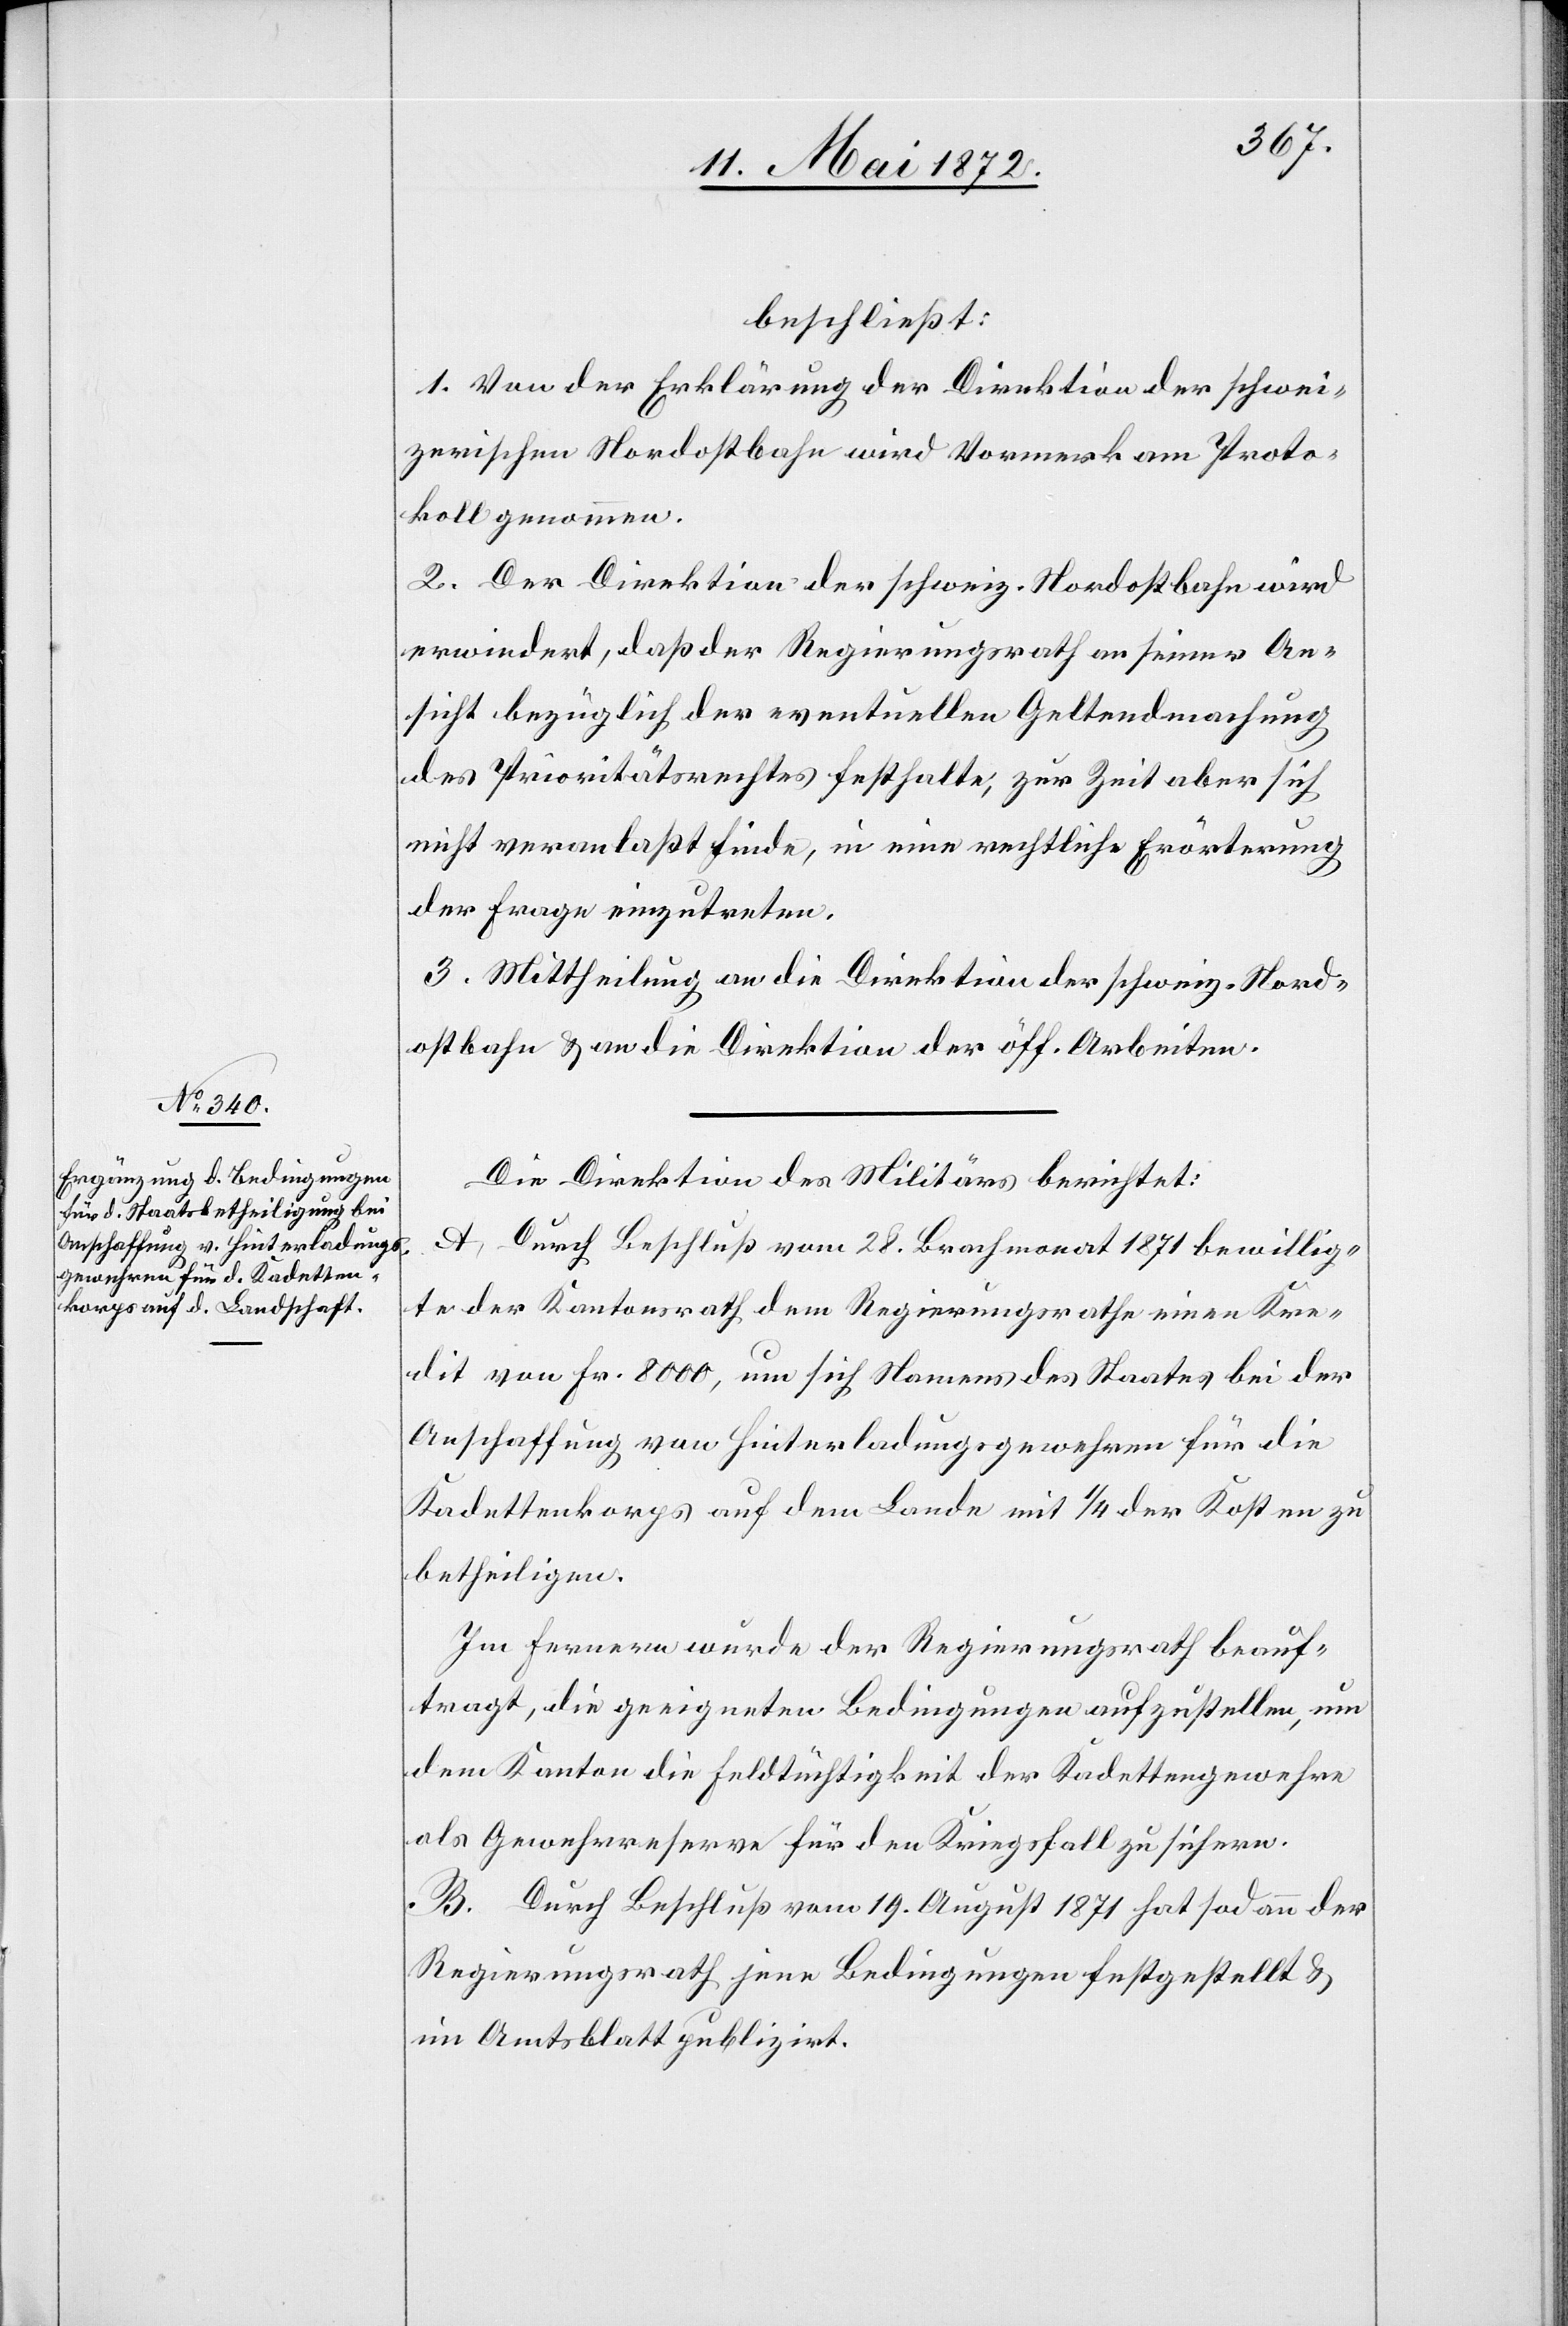
beschließt:
1. Von der Erklärung der Direktion der schwei¬
zerischen Nordostbahn wird Vormerk am Proto¬
koll genommen.
2. Der Direktion der schweiz. Nordostbahn wird
erwiedert, daß der Regierungsrath an seiner An¬
sicht bezüglich der eventuellen Geltendmachung
des Prioritätsrechtes festhalte, zur Zeit aber sich
nicht veranlaßt finde, in eine rechtliche Erörterung
der Frage einzutreten.
3. Mittheilung an die Direktion der schweiz. Nord¬
ostbahn u. an die Direktion der öff. Arbeiten.
Die Direktion des Militärs berichtet:
A. Durch Beschluß vom 28. Brachmonat 1871 bewillig¬
te der Kantonsrath dem Regierungsrathe einen Kre¬
dit von Fr. 8000, um sich Namens des Staates bei der
Anschaffung von Hinterladungsgewehren für die
Kadettenkorps auf dem Lande mit 1/4 der Kosten zu
betheiligen.
Im Fernern wurde der Regierungsrath beauf¬
tragt, die geeigneten Bedingungen aufzustellen, um
dem Kanton die Feldtüchtigkeit der Kadettengewehre
als Gewehrreserve für den Kriegsfall zu sichern.
B. Durch Beschluß vom 19. August 1871 hat sodann der
Regierungsrath jene Bedingungen festgestellt u.
im Amtsblatt publizirt.